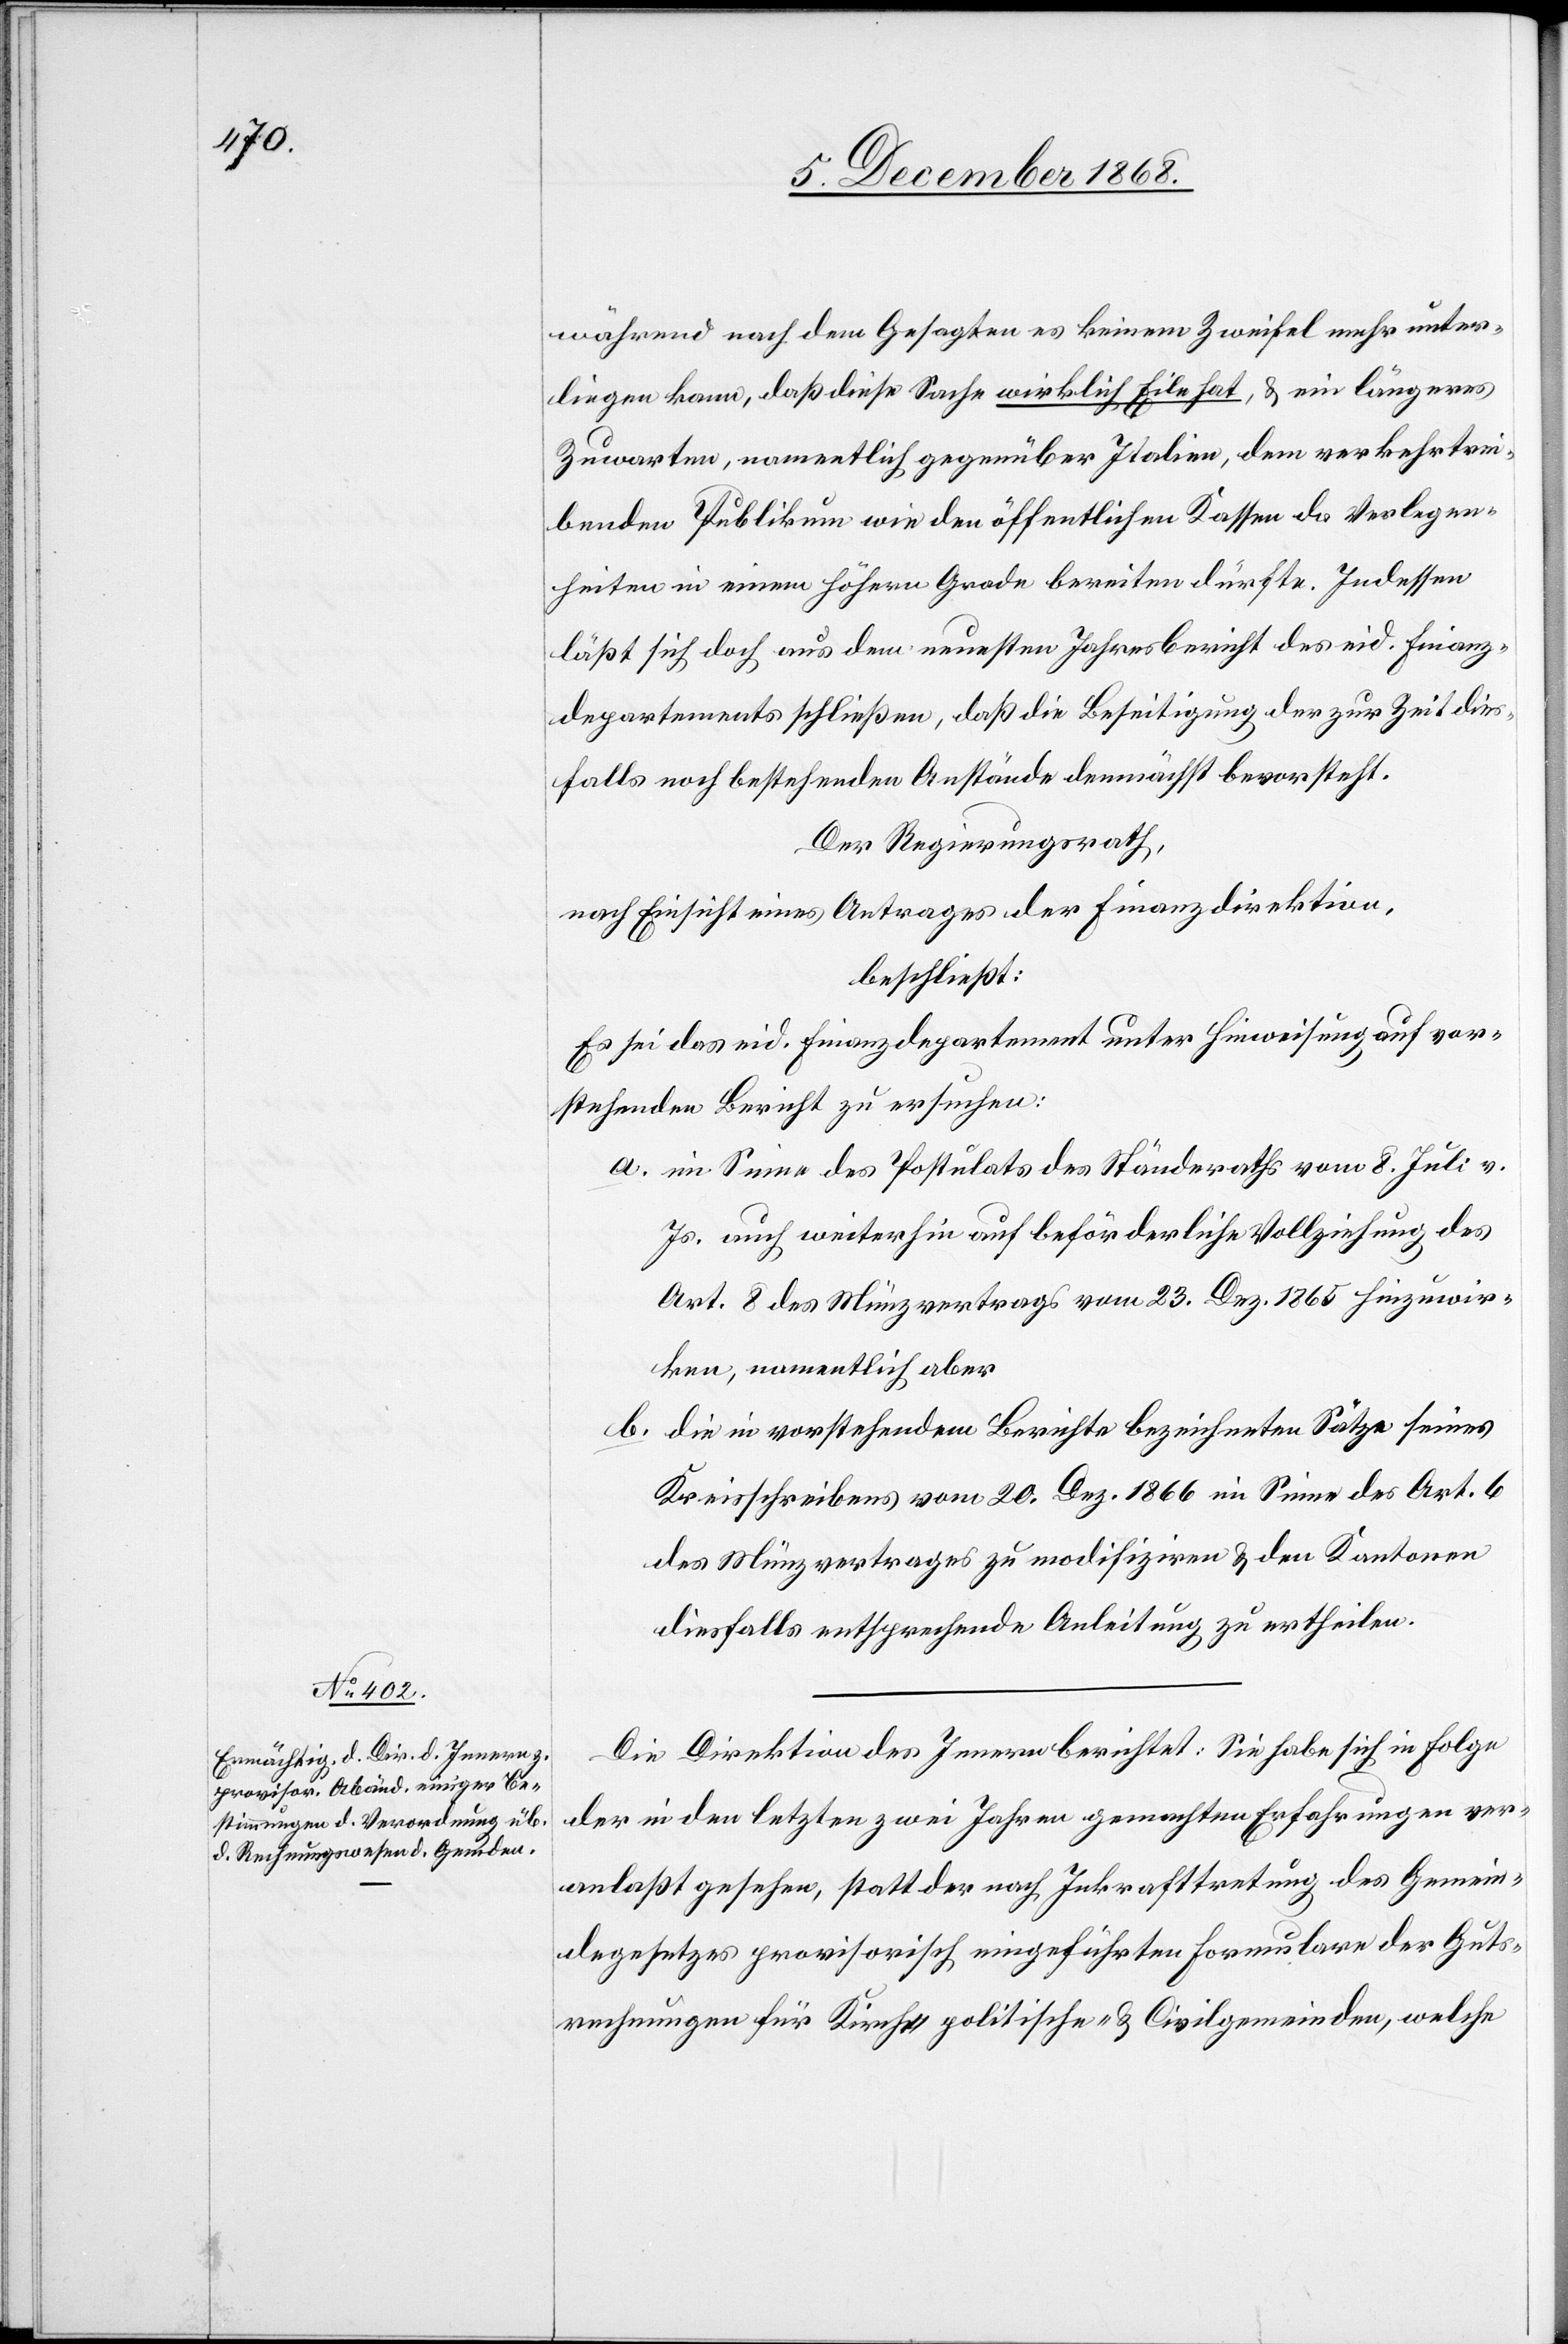
während nach dem Gesagten es keinem Zweifel mehr unter¬
liegen kann, daß diese Sache wirklich Eile hat, & ein längeres
Zuwarten, namentlich gegenüber Italien, dem verkehrtrei¬
benden Publikum wie den öffentlichen Kassen da Verlegen¬
heiten in einem höhern Grade bereiten dürfte. Indessen
läßt sich doch aus dem neuesten Jahresbericht des eid. Finanz¬
departements schließen, daß die Beseitigung der zur Zeit dies¬
falls noch bestehenden Anstände demnächst bevorsteht.
Der Regierungsrath,
nach Einsicht eines Antrages der Finanzdirektion,
beschließt:
Es sei das eid. Finanzdepartement unter Hinweisung auf vor¬
stehenden Bericht zu ersuchen:
im Sinne des Postulats des Ständeraths vom 8. Juli v.
Js. auch weiterhin auf beförderliche Vollziehung des
Art. 8 des Münzvertrags vom 23. Dez. 1865 hinzuwir¬
ken, namentlich aber
die in vorstehendem Berichte bezeichneten Sätze seines
Kreisschreibens vom 20. Dez. 1866 im Sinne des Art. 6
des Münzvertrages zu modifiziren & den Kantonen
diesfalls entsprechende Anleitung zu ertheilen.
Die Direktion des Innern berichtet: Sie habe sich in Folge
der in den letzten zwei Jahren gemachten Erfahrungen ver¬
anlaßt gesehen, statt der nach Inkrafttretung des Gemein¬
degesetzes provisorisch eingeführten Formulare der Guts¬
rechnungen für Kirch-[,] politische- & Civilgemeinden, welche